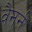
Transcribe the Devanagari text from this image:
वैनर्न